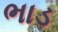
ભાડ